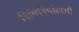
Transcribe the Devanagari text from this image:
विधिनिर्माताओं